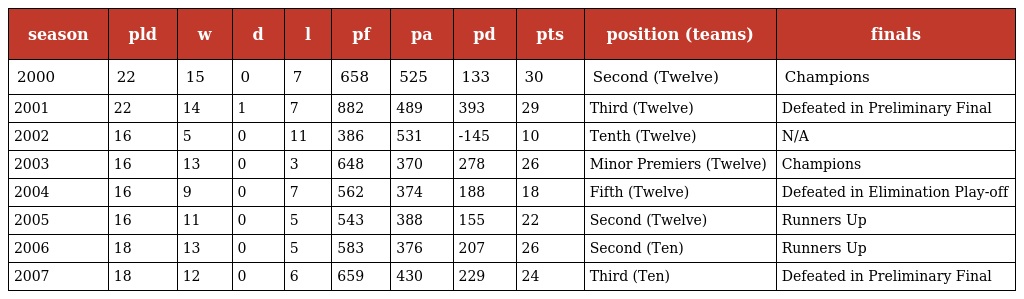
| season | pld | w | d | l | pf | pa | pd | pts | position (teams) | finals |
 | --- | --- | --- | --- | --- | --- | --- | --- | --- | --- | --- |
 | 2000 | 22 | 15 | 0 | 7 | 658 | 525 | 133 | 30 | Second (Twelve) | Champions |
 | 2001 | 22 | 14 | 1 | 7 | 882 | 489 | 393 | 29 | Third (Twelve) | Defeated in Preliminary Final |
 | 2002 | 16 | 5 | 0 | 11 | 386 | 531 | -145 | 10 | Tenth (Twelve) | N/A |
 | 2003 | 16 | 13 | 0 | 3 | 648 | 370 | 278 | 26 | Minor Premiers (Twelve) | Champions |
 | 2004 | 16 | 9 | 0 | 7 | 562 | 374 | 188 | 18 | Fifth (Twelve) | Defeated in Elimination Play-off |
 | 2005 | 16 | 11 | 0 | 5 | 543 | 388 | 155 | 22 | Second (Twelve) | Runners Up |
 | 2006 | 18 | 13 | 0 | 5 | 583 | 376 | 207 | 26 | Second (Ten) | Runners Up |
 | 2007 | 18 | 12 | 0 | 6 | 659 | 430 | 229 | 24 | Third (Ten) | Defeated in Preliminary Final |